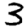
Digit: 3